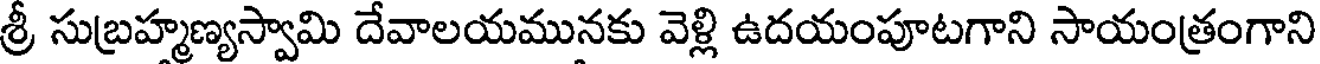
శ్రీ సుబ్రహ్మణ్యస్వామి దేవాలయమునకు వెళ్లి ఉదయంపూటగాని సాయంత్రంగాని